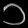
Digit: ၁